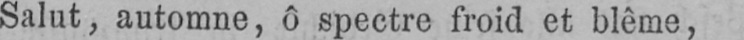
Salut, automne, ô spectre froid et blême,